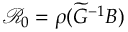
\mathcal { R } _ { 0 } = \rho ( \widetilde { G } ^ { - 1 } B )